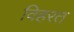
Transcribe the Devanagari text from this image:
विहरत